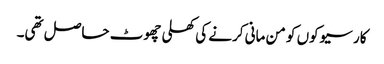
کارسیوکوں کو من مانی کرنے کی کھلی چھوٹ حاصل تھی۔